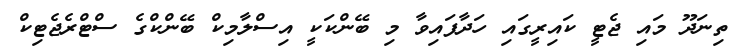
ތިނަދޫ މައި ޖެޓީ ކައިރީގައި ހަދާފައިވާ މި ބޭންކަކީ އިސްލާމިކް ބޭންކްގެ ސްޓްރެޖެޓިކް